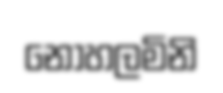
නොහලමිනි